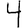
Digit: 4